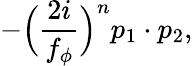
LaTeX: -\Big(\frac{2i}{f_{\phi}}\Big)^{n}p_{1}\cdot p_{2},